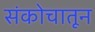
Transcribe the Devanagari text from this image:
संकोचातून